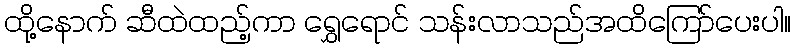
ထို့နောက် ဆီထဲထည့်ကာ ရွှေရောင် သန်းလာသည်အထိကြော်ပေးပါ။